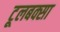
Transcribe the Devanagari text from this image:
टूलबक्सा